Document type: Inventory
Year: 1295
Scribe: Pere Marc
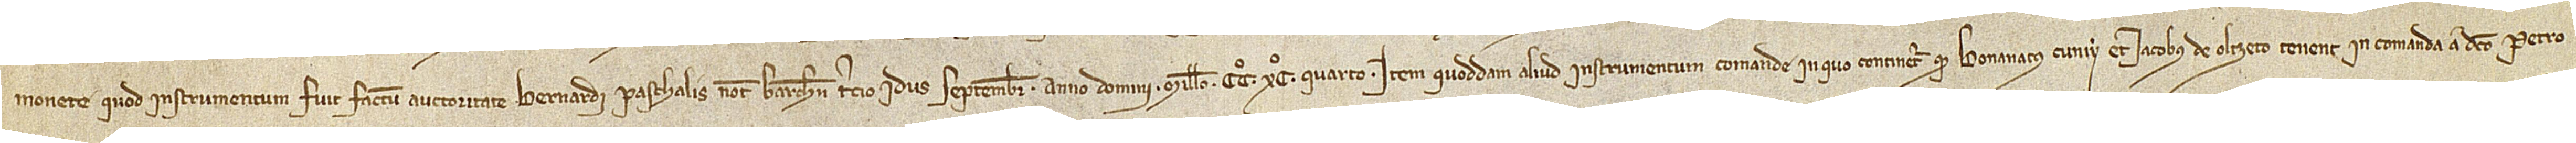
monete; quod instrumentum fuit factum auctoritate Bernardi Paschalis, notarii Barchinone, tercio idus septembris, anno Domini millesimo CCº XCº quarto; item, quoodam aliud instrumentum comande in quo continetur quod Bonanatus Cuniy et Iacobus de Olzeto tenent in comanda a dicto Petro